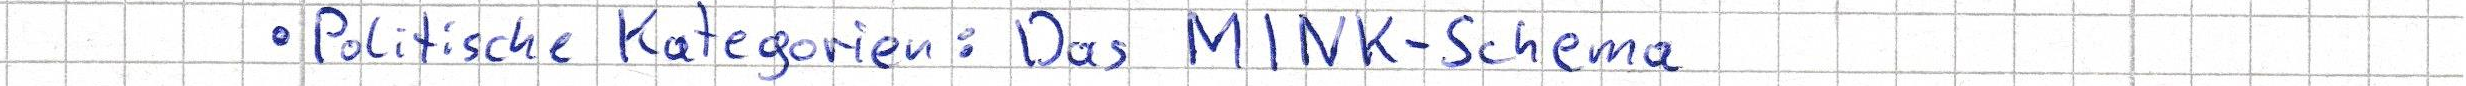
- Politische Kategorien: Das MINK-Schema